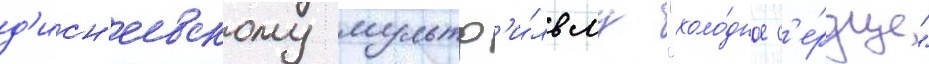
д'исн'еевскому мультф'и́льму "холо́дное с'е́рдце"